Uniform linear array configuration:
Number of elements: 4
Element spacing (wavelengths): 0.5
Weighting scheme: exponential
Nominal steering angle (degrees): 60
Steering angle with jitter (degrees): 60.863
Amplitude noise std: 0.05
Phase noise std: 0.05

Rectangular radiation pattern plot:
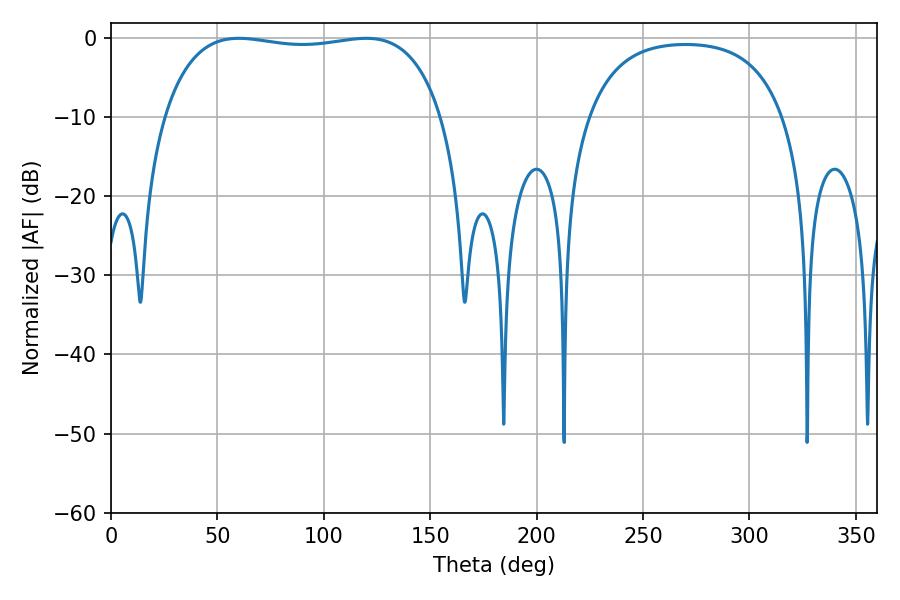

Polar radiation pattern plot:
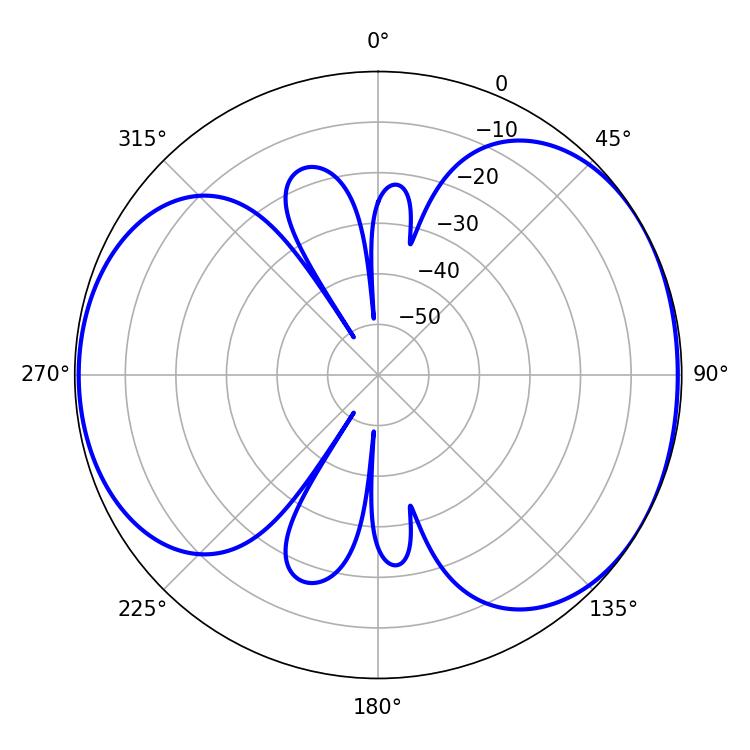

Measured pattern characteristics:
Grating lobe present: FALSE
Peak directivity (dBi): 5.05
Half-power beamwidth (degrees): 104.76
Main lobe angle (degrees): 60.12